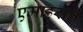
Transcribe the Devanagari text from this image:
एमाहसन